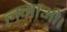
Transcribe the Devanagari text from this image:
लगाओ।